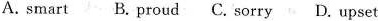
A. smart B. proud C. sorry D. upset